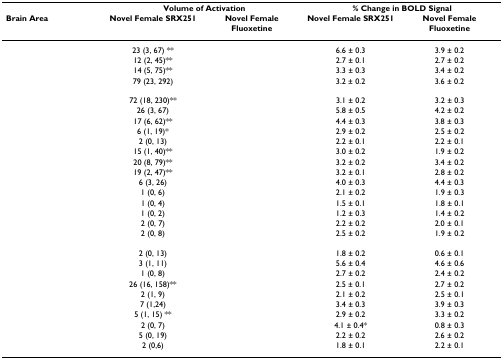
<table><thead><tr><td>[EMPTY_CELL]</td><td colspan="2"><b>Volume of Activation</b></td><td colspan="2"><b>% Change in BOLD Signal</b></td></tr><tr><td><b>Brain Area</b></td><td><b>Novel Female SRX251</b></td><td><b>Novel Female Fluoxetine</b></td><td><b>Novel Female SRX251</b></td><td><b>Novel Female Fluoxetine</b></td></tr></thead><tbody><tr><td>[EMPTY_CELL]</td><td>23 (3, 67) **</td><td>[EMPTY_CELL]</td><td>6.6 ± 0.3</td><td>3.9 ± 0.2</td></tr><tr><td>[EMPTY_CELL]</td><td>12 (2, 45)**</td><td>[EMPTY_CELL]</td><td>2.7 ± 0.1</td><td>2.7 ± 0.2</td></tr><tr><td>[EMPTY_CELL]</td><td>14 (5, 75)**</td><td>[EMPTY_CELL]</td><td>3.3 ± 0.3</td><td>3.4 ± 0.2</td></tr><tr><td>[EMPTY_CELL]</td><td>79 (23, 292)</td><td>[EMPTY_CELL]</td><td>3.2 ± 0.2</td><td>3.6 ± 0.2</td></tr><tr><td>[EMPTY_CELL]</td><td>72 (18, 230)**</td><td>[EMPTY_CELL]</td><td>3.1 ± 0.2</td><td>3.2 ± 0.3</td></tr><tr><td>[EMPTY_CELL]</td><td>26 (3, 67)</td><td>[EMPTY_CELL]</td><td>5.8 ± 0.5</td><td>4.2 ± 0.2</td></tr><tr><td>[EMPTY_CELL]</td><td>17 (6, 62)**</td><td>[EMPTY_CELL]</td><td>4.4 ± 0.3</td><td>3.8 ± 0.3</td></tr><tr><td>[EMPTY_CELL]</td><td>6 (1, 19)*</td><td>[EMPTY_CELL]</td><td>2.9 ± 0.2</td><td>2.5 ± 0.2</td></tr><tr><td>[EMPTY_CELL]</td><td>2 (0, 13)</td><td>[EMPTY_CELL]</td><td>2.2 ± 0.1</td><td>2.2 ± 0.1</td></tr><tr><td>[EMPTY_CELL]</td><td>15 (1, 40)**</td><td>[EMPTY_CELL]</td><td>3.0 ± 0.2</td><td>1.9 ± 0.2</td></tr><tr><td>[EMPTY_CELL]</td><td>20 (8, 79)**</td><td>[EMPTY_CELL]</td><td>3.2 ± 0.2</td><td>3.4 ± 0.2</td></tr><tr><td>[EMPTY_CELL]</td><td>19 (2, 47)**</td><td>[EMPTY_CELL]</td><td>3.2 ± 0.1</td><td>2.8 ± 0.2</td></tr><tr><td>[EMPTY_CELL]</td><td>6 (3, 26)</td><td>[EMPTY_CELL]</td><td>4.0 ± 0.3</td><td>4.4 ± 0.3</td></tr><tr><td>[EMPTY_CELL]</td><td>1 (0, 6)</td><td>[EMPTY_CELL]</td><td>2.1 ± 0.2</td><td>1.9 ± 0.3</td></tr><tr><td>[EMPTY_CELL]</td><td>1 (0, 4)</td><td>[EMPTY_CELL]</td><td>1.5 ± 0.1</td><td>1.8 ± 0.1</td></tr><tr><td>[EMPTY_CELL]</td><td>1 (0, 2)</td><td>[EMPTY_CELL]</td><td>1.2 ± 0.3</td><td>1.4 ± 0.2</td></tr><tr><td>[EMPTY_CELL]</td><td>2 (0, 7)</td><td>[EMPTY_CELL]</td><td>2.2 ± 0.2</td><td>2.0 ± 0.1</td></tr><tr><td>[EMPTY_CELL]</td><td>2 (0, 8)</td><td>[EMPTY_CELL]</td><td>2.5 ± 0.2</td><td>1.9 ± 0.2</td></tr><tr><td>[EMPTY_CELL]</td><td>2 (0, 13)</td><td>[EMPTY_CELL]</td><td>1.8 ± 0.2</td><td>0.6 ± 0.1</td></tr><tr><td>[EMPTY_CELL]</td><td>3 (1, 11)</td><td>[EMPTY_CELL]</td><td>5.6 ± 0.4</td><td>4.6 ± 0.6</td></tr><tr><td>[EMPTY_CELL]</td><td>1 (0, 8)</td><td>[EMPTY_CELL]</td><td>2.7 ± 0.2</td><td>2.4 ± 0.2</td></tr><tr><td>[EMPTY_CELL]</td><td>26 (16, 158)**</td><td>[EMPTY_CELL]</td><td>2.5 ± 0.1</td><td>2.7 ± 0.2</td></tr><tr><td>[EMPTY_CELL]</td><td>2 (1, 9)</td><td>[EMPTY_CELL]</td><td>2.1 ± 0.2</td><td>2.5 ± 0.1</td></tr><tr><td>[EMPTY_CELL]</td><td>7 (1,24)</td><td>[EMPTY_CELL]</td><td>3.4 ± 0.3</td><td>3.9 ± 0.3</td></tr><tr><td>[EMPTY_CELL]</td><td>5 (1, 15) **</td><td>[EMPTY_CELL]</td><td>2.9 ± 0.2</td><td>3.3 ± 0.2</td></tr><tr><td>[EMPTY_CELL]</td><td>2 (0, 7)</td><td>[EMPTY_CELL]</td><td>4.1 ± 0.4*</td><td>0.8 ± 0.3</td></tr><tr><td>[EMPTY_CELL]</td><td>5 (0, 19)</td><td>[EMPTY_CELL]</td><td>2.2 ± 0.2</td><td>2.6 ± 0.2</td></tr><tr><td>[EMPTY_CELL]</td><td>2 (0,6)</td><td>[EMPTY_CELL]</td><td>1.8 ± 0.1</td><td>2.2 ± 0.1</td></tr></tbody></table>